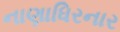
નાણાધિરનાર